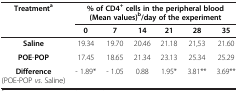
<table><thead><tr><td><b>Treatment<sup>a</sup></b></td><td colspan="6"><b>% of CD4<sup>+</sup>cells in the peripheral blood (Mean values)<sup>b</sup>/day of the experiment</b></td></tr><tr><td><b> </b></td><td><b>0</b></td><td><b>7</b></td><td><b>14</b></td><td><b>21</b></td><td><b>28</b></td><td><b>35</b></td></tr></thead><tbody><tr><td><b>Saline</b></td><td>19.34</td><td>19.70</td><td>20.46</td><td>21.18</td><td>21,53</td><td>21.60</td></tr><tr><td><b>POE</b>-<b>POP</b></td><td>17.45</td><td>18.65</td><td>21.34</td><td>23.13</td><td>25.34</td><td>25.29</td></tr><tr><td><b>Difference</b> (POE-POP <i>vs</i>. Saline)</td><td>- 1.89*</td><td>- 1.05</td><td>0.88</td><td>1.95*</td><td>3.81**</td><td>3.69**</td></tr></tbody></table>